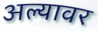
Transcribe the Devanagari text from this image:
अल्यावर